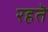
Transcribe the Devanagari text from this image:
रहतॆ